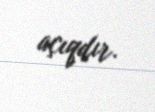
açıqdır.